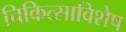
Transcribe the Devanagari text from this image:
चिकित्साविशेष